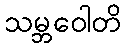
သမ္ဘဝေါတိ